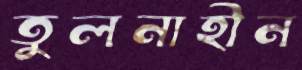
তুলনাহীন